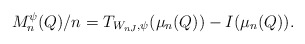
\begin{align*}M_n^{\psi}(Q)/n=T_{W_{nJ},\psi}(\mu_n(Q))-I(\mu_n(Q)). \end{align*}